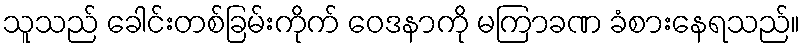
သူသည် ခေါင်းတစ်ခြမ်းကိုက် ဝေဒနာကို မကြာခဏ ခံစားနေရသည်။